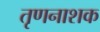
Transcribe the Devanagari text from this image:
तृणनाशक